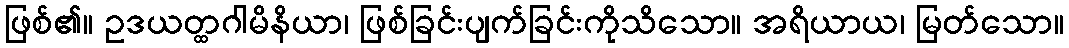
ဖြစ်၏။ ဥဒယတ္ထဂါမိနိယာ၊ ဖြစ်ခြင်းပျက်ခြင်းကိုသိသော။ အရိယာယ၊ မြတ်သော။